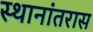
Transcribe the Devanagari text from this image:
स्थानांतरास